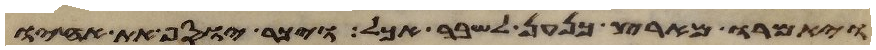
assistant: ויאמרו מארץ כנען לשבר אכל ויכר יוסף את אחיו